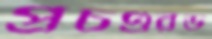
প্রচণ্ডরড